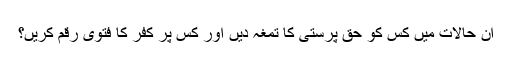
ان حالات میں کس کو حق پرستی کا تمغہ دیں اور کس پر کفر کا فتویٰ رقم کریں؟